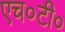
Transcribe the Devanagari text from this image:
एच०टी०